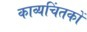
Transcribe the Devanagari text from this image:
काव्यचिंतकों